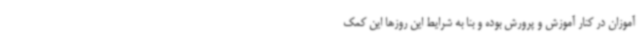
آموزان در کنار آموزش و پرورش بوده و بنا به شرایط این روزها این کمک